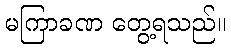
မကြာခဏ တွေ့ရသည်။